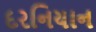
દરનિયાન